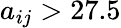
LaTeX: a_{ij}>27.5